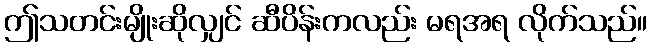
ဤသတင်းမျိုးဆိုလျှင် ဆီပိန်းကလည်း မရအရ လိုက်သည်။